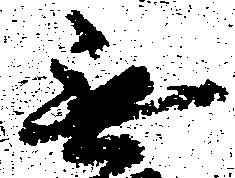
無